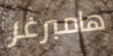
هامبرغر